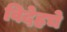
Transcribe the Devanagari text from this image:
विदेहचे